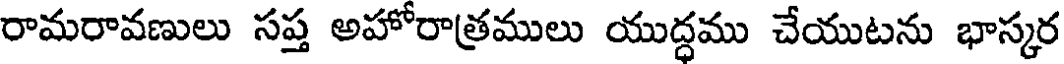
రామరావణులు సప్త అహోరాత్రములు యుద్ధము చేయుటను భాస్కర